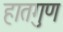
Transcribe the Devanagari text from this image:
हातगुण